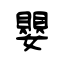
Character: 嬰